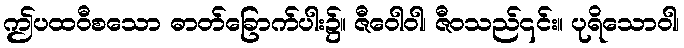
ဤပထဝီစသော ဓာတ်ခြောက်ပါး၌။ ဇီဝေါဝါ၊ ဇီဝသည်၎င်း။ ပုရိသောဝါ၊